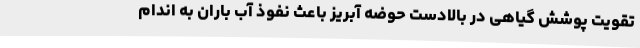
تقویت پوشش گیاهی در بالادست حوضه آبریز باعث نفوذ آب باران به اندام